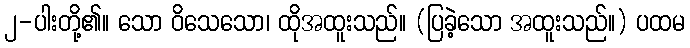
၂-ပါးတို့၏။ သော ဝိသေသော၊ ထိုအထူးသည်။ (ပြခဲ့သော အထူးသည်။) ပထမ